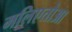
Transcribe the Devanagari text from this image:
मलिएतोआ